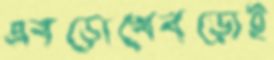
এবড়োখেবড়োই